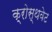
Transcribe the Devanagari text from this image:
क्रोस्थवेट